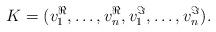
LaTeX: \begin{align*}K=(v_1^{\Re},\ldots,v_n^{\Re},v_1^{\Im},\ldots,v_n^{\Im}).\end{align*}